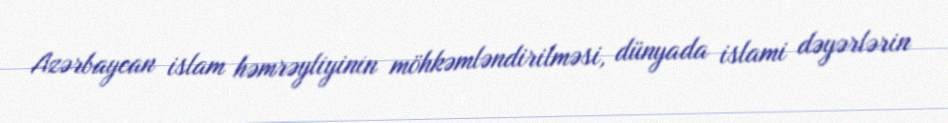
Azərbaycan islam həmrəyliyinin möhkəmləndirilməsi, dünyada islami dəyərlərin